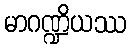
မာဂဏ္ဍိယဿ